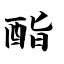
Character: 酯